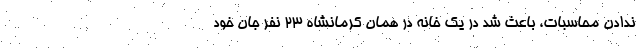
ندادن محاسبات، باعث شد در یک خانه در همان کرمانشاه ۲۳ نفر جان خود